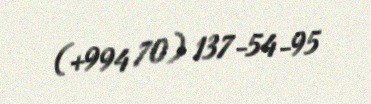
(+994 70) 137-54-95